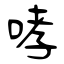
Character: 哮